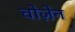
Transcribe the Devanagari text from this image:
चोज़ेन